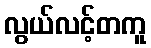
လွယ်လင့်တကူ